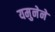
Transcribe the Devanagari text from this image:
यमुनेने